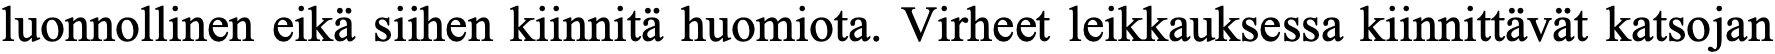
luonnollinen eikä siihen kiinnitä huomiota. Virheet leikkauksessa kiinnittävät katsojan